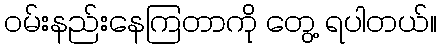
ဝမ်းနည်းနေကြတာကို တွေ့ ရပါတယ်။